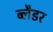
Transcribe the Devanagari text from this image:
ब्‍लैडर